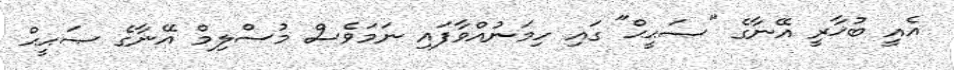
އެއީ ބުޚާރީ އޭނާގެ "ޞަޙީޙް" ގައި ހިމަނުއްވާފައި ނަމަވެސް މުސްލިމް އޭނާގެ ޞަޙީޙް